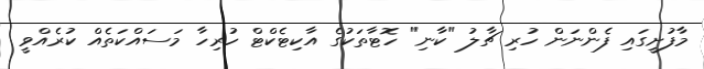
މާފުށީގައި ފެންނަން ހުރި ޗާލު "ކާާނި" ހޮޓާތަކުގެ އާކިޓެކްޓް ހުރިހާ މަސައްކަތެއް ކުރެއްވީ